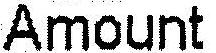
AMOUNT